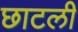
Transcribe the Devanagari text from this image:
छाटली